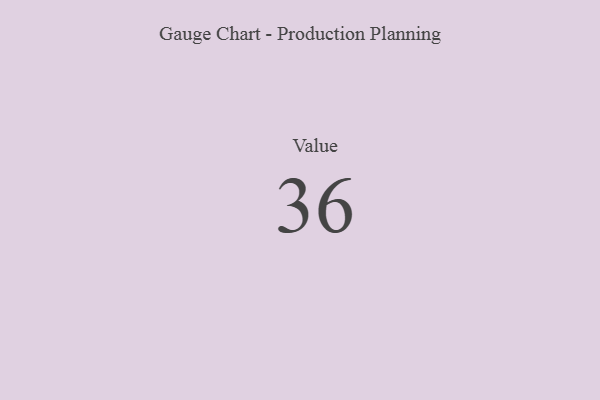
{"axis": {"x": "Metric", "y": "Value"}, "legend": [""], "data": [{"x": "Value", "y": 36, "type": ""}]}